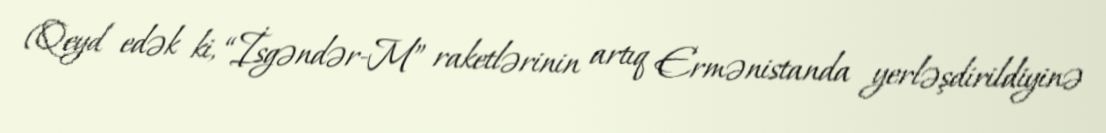
(Qeyd edək ki, “İsgəndər-M” raketlərinin artıq Ermənistanda yerləşdirildiyinə